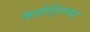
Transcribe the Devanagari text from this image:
क्लोड्निका